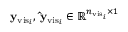
\mathbf { y } _ { \mathrm { v i s } _ { i } } , \, \mathbf { \hat { y } } _ { \mathrm { v i s } _ { i } } \in \mathbb { R } ^ { n _ { \mathrm { v i s } _ { i } } \times 1 }